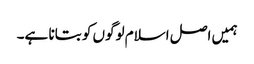
ہمیں اصل اسلام لوگوں کو بتانا ہے۔